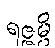
ရဇ္ဇမ္ပိ